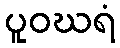
ပူဝဃရံ